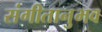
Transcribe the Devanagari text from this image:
संगीतानुभव